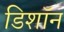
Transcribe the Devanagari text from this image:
डिशॉन